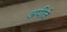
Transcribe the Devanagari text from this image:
अपीजे